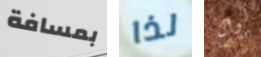
بمسافة لذا لوان